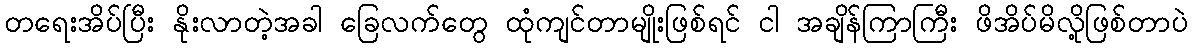
တရေးအိပ်ပြီး နိုးလာတဲ့အခါ ခြေလက်တွေ ထုံကျင်တာမျိုးဖြစ်ရင် ငါ အချိန်ကြာကြီး ဖိအိပ်မိလို့ဖြစ်တာပဲ